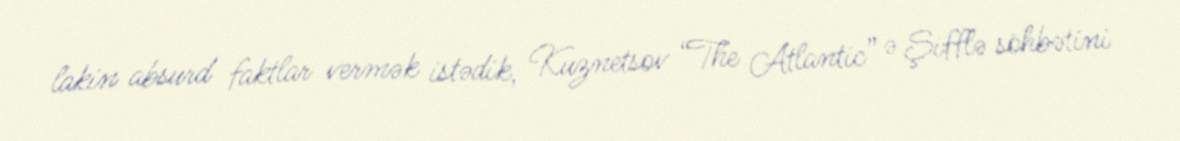
lakin absurd faktlar vermək istədik, Kuznetsov “The Atlantic” ə Şifflə söhbətini